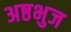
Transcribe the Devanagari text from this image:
अष्ठभुज